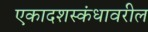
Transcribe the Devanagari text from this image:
एकादशस्कंधावरील